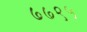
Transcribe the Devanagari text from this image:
७७९५